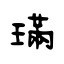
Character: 璊